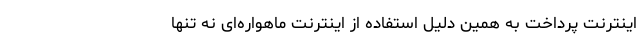
اینترنت پرداخت به همین دلیل استفاده از اینترنت ماهواره‌ای نه تنها